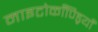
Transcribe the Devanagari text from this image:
माइटोकाँण्ड्रियाँ